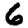
Digit: 6